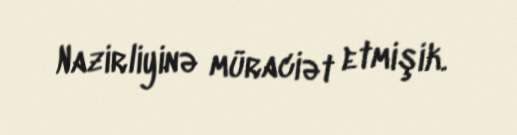
Nazirliyinə müraciət etmişik.